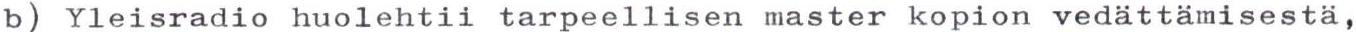
b) Yleisradio huolehtii tarpeellisen master kopion vedättämisestä,